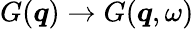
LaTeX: {G}(\boldsymbol{q})\to{G}(\boldsymbol{q},\omega)